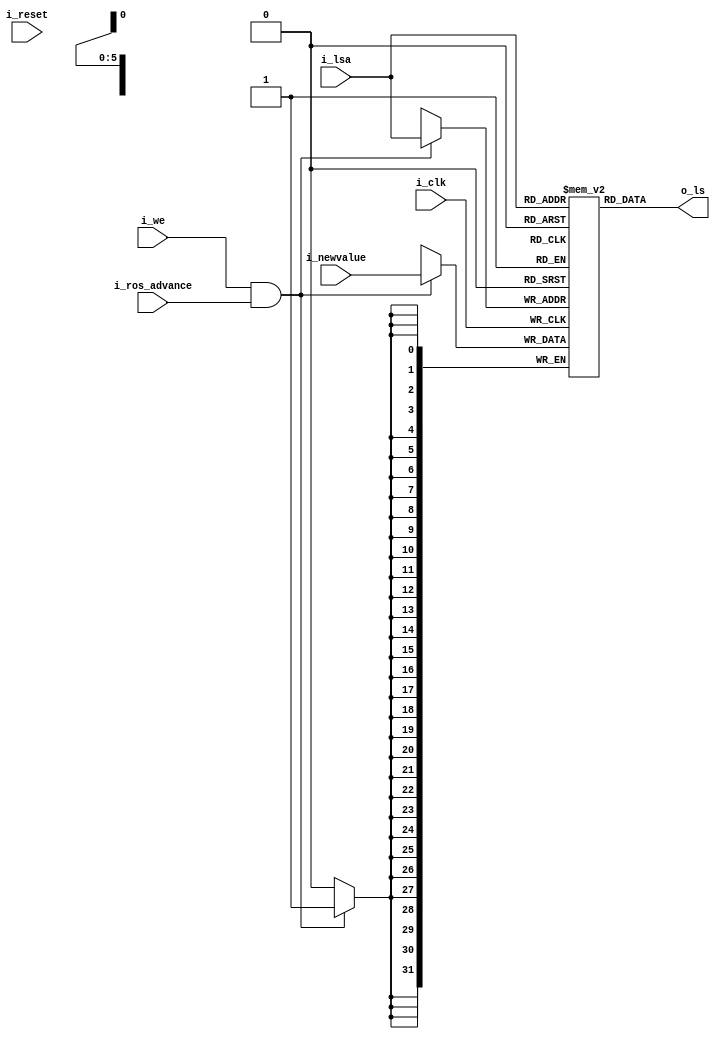
`default_nettype   none

// 2050 local storage

module x2050ls (i_clk, i_reset,
	i_ros_advance,
	i_we,
	i_newvalue,
	i_lsa,
	o_ls);
	input wire i_clk;
	input wire i_reset;
	input wire i_ros_advance;
	input wire i_we;
	input wire [31:0] i_newvalue;
	input wire [5:0] i_lsa;
	output wire [31:0] o_ls;

	reg [31:0] regfile[0:63];

assign o_ls = regfile[i_lsa];

always @(posedge i_clk)
	if (i_we & i_ros_advance)
		regfile[i_lsa] <= i_newvalue;

endmodule